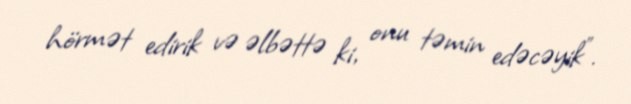
hörmət edirik və əlbəttə ki, onu təmin edəcəyik".